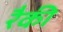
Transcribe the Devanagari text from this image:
रैकी